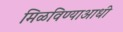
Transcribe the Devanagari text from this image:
मिळविण्याआधी